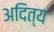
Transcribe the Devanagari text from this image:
अदित्य